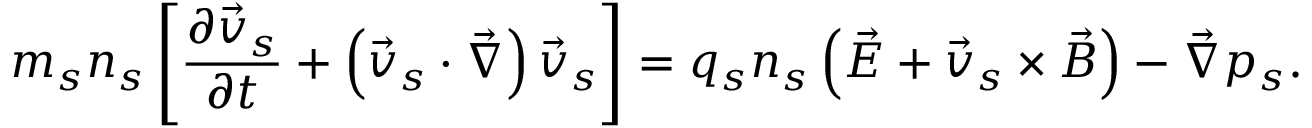
m _ { s } n _ { s } \left[ \frac { \partial \vec { v } _ { s } } { \partial t } + \left( \vec { v } _ { s } \cdot \vec { \nabla } \right) \vec { v } _ { s } \right] = q _ { s } n _ { s } \left( \vec { E } + \vec { v } _ { s } \times \vec { B } \right) - \vec { \nabla } p _ { s } .